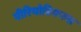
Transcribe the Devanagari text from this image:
पीरियोडिकल्स